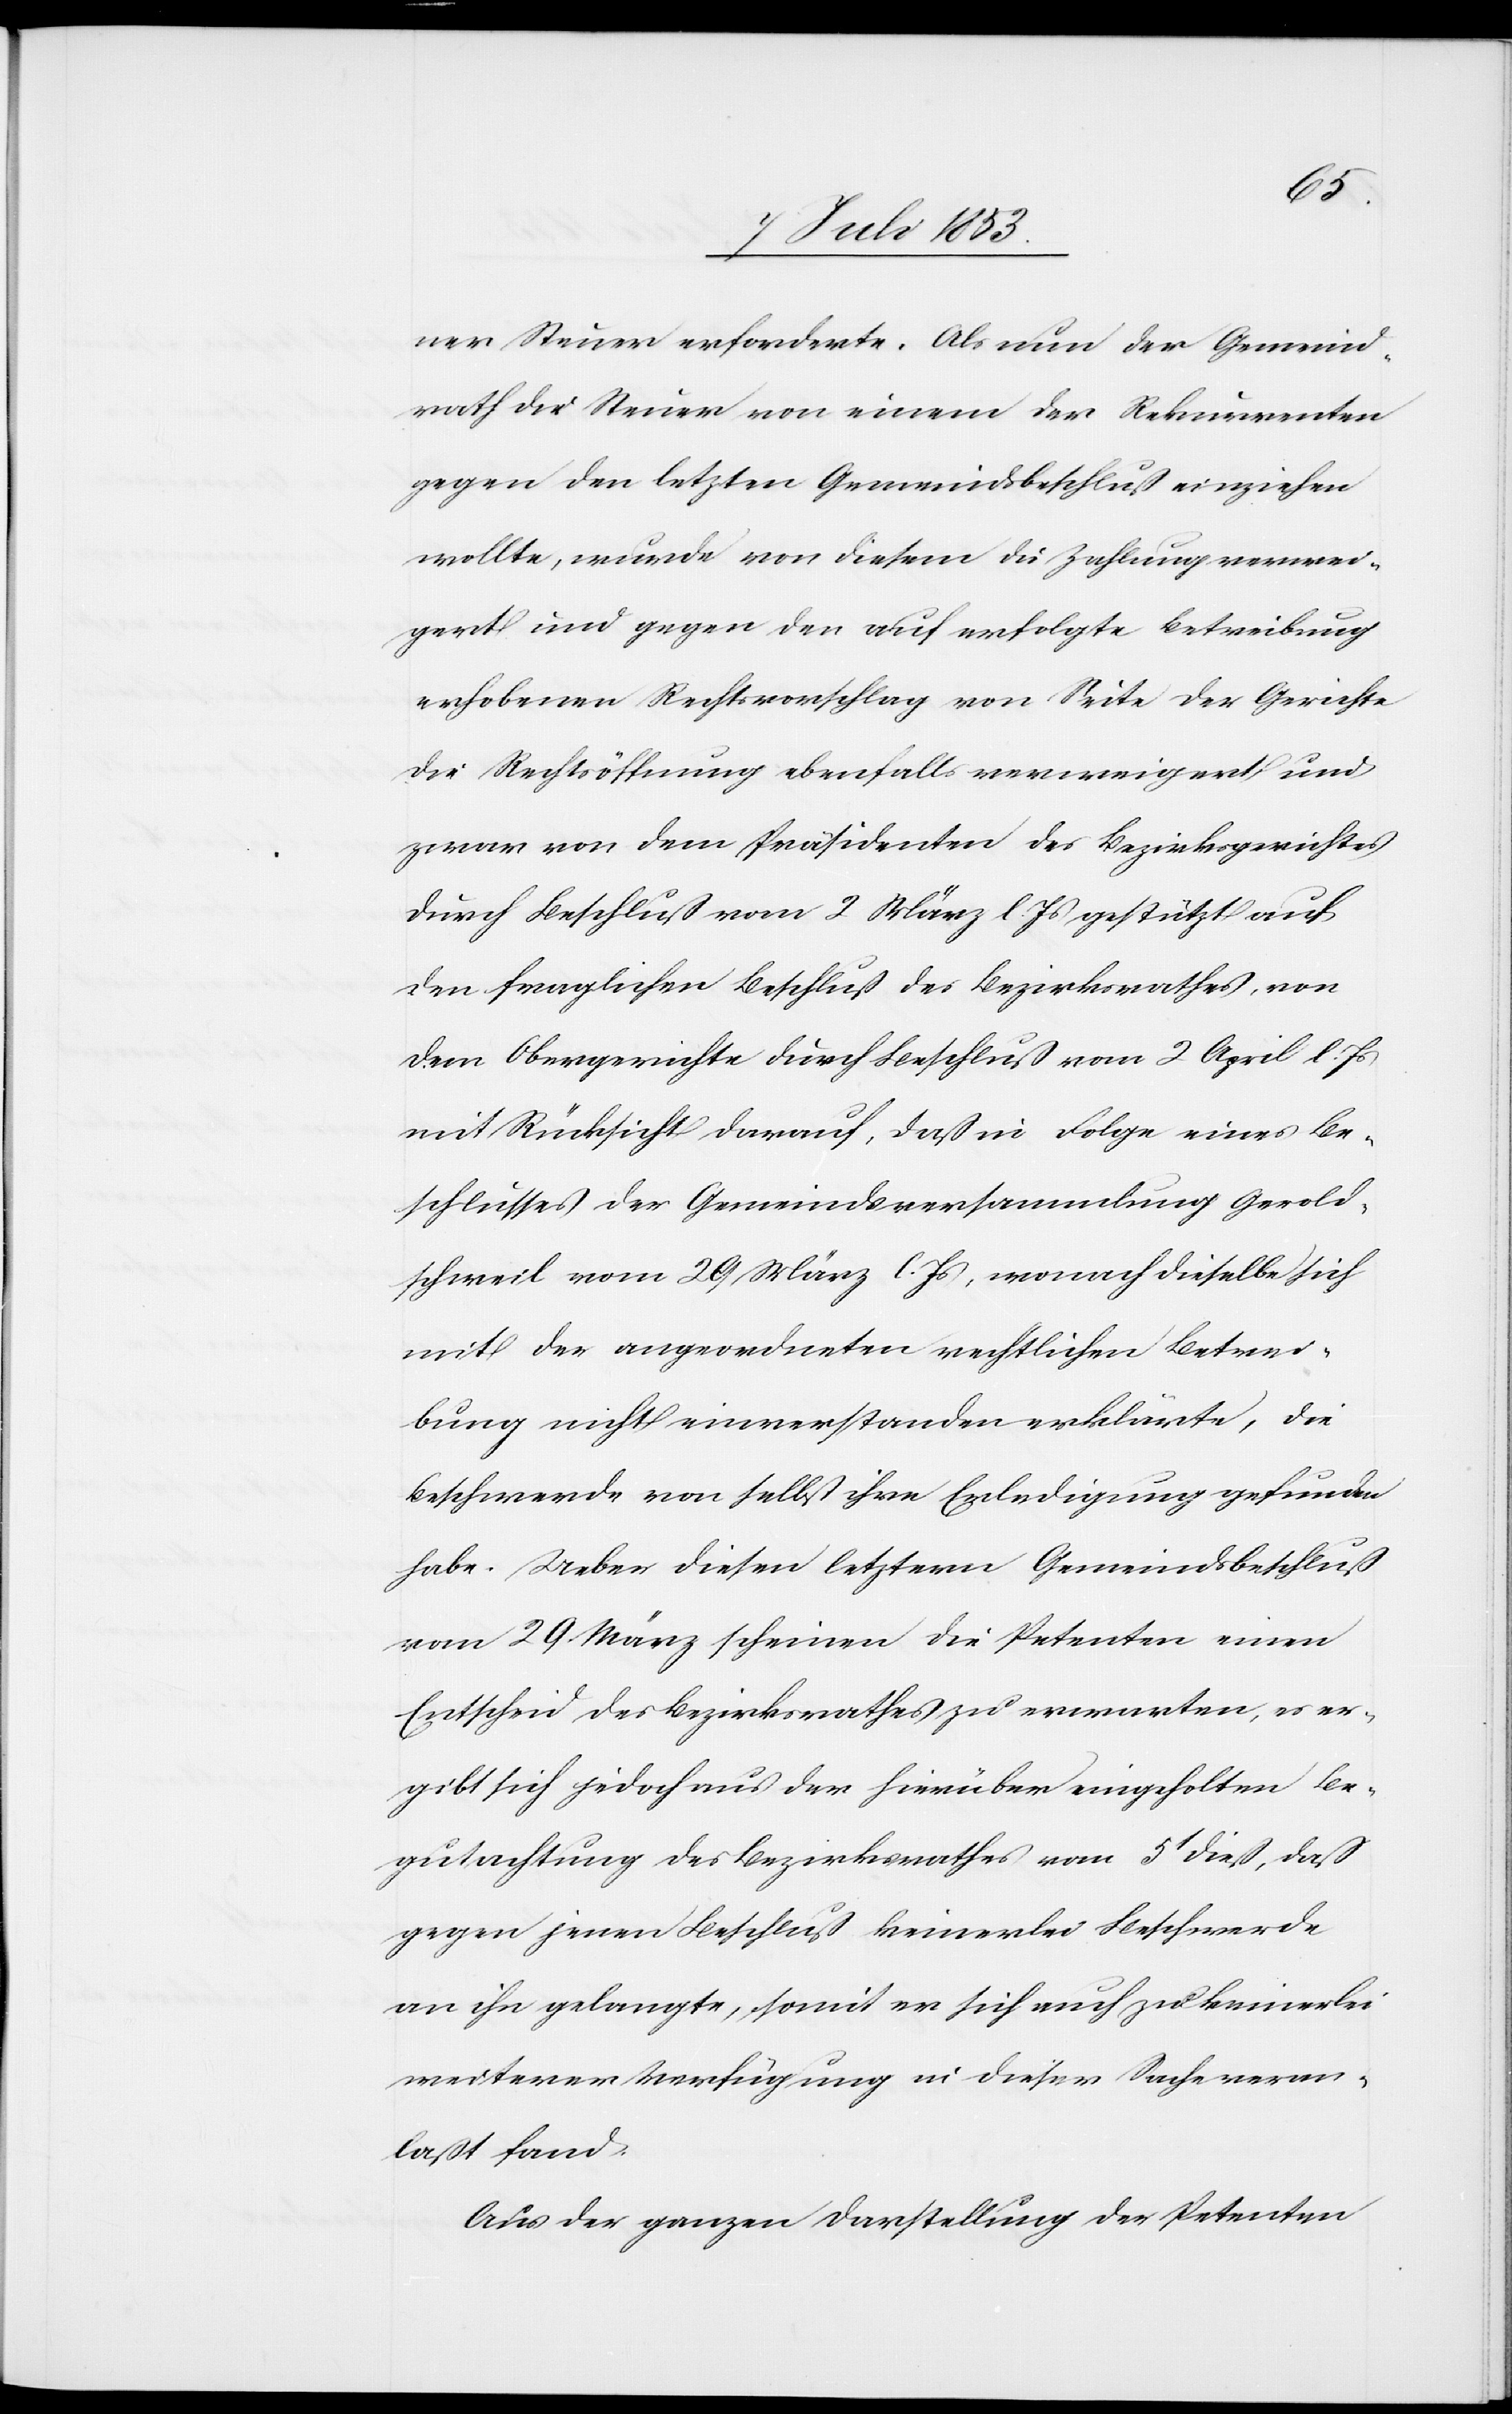
ner Steuer erforderte. Als nun der Gemeind¬
rath die Steuer von einem der Rekurrenten
gegen den letzten Gemeindsbeschluß einziehen
wollte, wurde von diesem die Zahlung verwei¬
gert und gegen den auf erfolgte Betreibung
erhobenen Rechtsvorschlag von Seite der Gerichte
die Rechtsöffnung ebenfalls verweigert und
zwar von dem Präsidenten des Bezirksgerichtes
durch Beschluß vom 2 März l. Js. gestützt auf
den fraglichen Beschluß des Bezirksrathes, von
dem Obergerichte durch Beschluß vom 2 April l. Js.
mit Rücksicht darauf, daß in Folge eines Be¬
schlusses der Gemeindsversammlung Gerold¬
schweil vom 29 März l. Js., wonach dieselbe sich
mit der angeordneten rechtlichen Betrei¬
bung nicht einverstanden erklärte, die
Beschwerde von selbst ihre Erledigung gefunden
habe. Ueber diesen letztern Gemeindsbeschluß
vom 29 März scheinen die Petenten einen
Entscheid des Bezirksrathes zu erwarten, es er¬
gibt sich jedoch aus der hierüber eingeholten Be¬
gutachtung des Bezirksrathes vom 5t dieß, daß
gegen jenen Beschluß keinerlei Beschwerde
an ihn gelangte, somit er sich auch zu keinerlei
weiterer Verfügung in dieser Sache veran¬
laßt fand.
Aus der ganzen Darstellung der Petenten